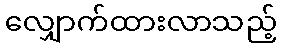
လျှောက်ထားလာသည့်